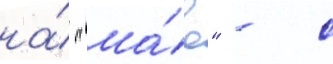
на́ "ма́е" - с